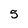
Character: 5